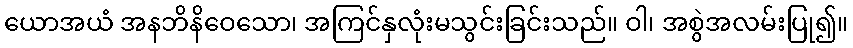
ယောအယံ အနဘိနိဝေသော၊ အကြင်နှလုံးမသွင်းခြင်းသည်။ ဝါ၊ အစွဲအလမ်းပြု၍။